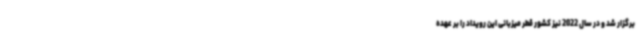
برگزار شد و در سال 2022 نیز کشور قطر میزبانی این رویداد را بر عهده